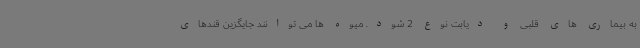
به بیماری های قلبی و دیابت نوع 2 شود. میوه ها می توانند جایگزین قندهای